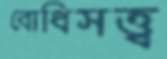
বোধিসত্ত্ব